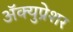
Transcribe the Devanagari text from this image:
ॲक्युप्रेशर